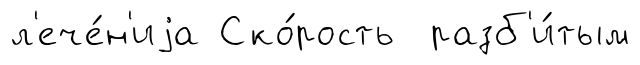
л'ече́н'иjа Ско́рость разб'и́тым